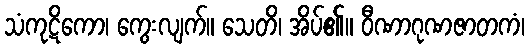
သံကုဋိကော၊ ကွေးလျက်။ သေတိ၊ အိပ်၏။ ဝီဏာဂုဏဇာတကံ၊